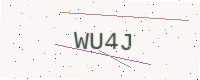
Text: WU4J